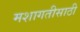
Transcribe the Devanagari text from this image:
मशागतीसाठी